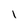
Character: I